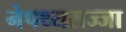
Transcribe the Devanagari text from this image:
नेपथ्यसज्जा